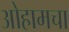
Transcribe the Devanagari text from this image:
ओहामचा